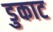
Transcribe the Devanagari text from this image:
डुकाट